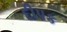
દીપક